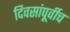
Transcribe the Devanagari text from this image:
दिवसांपूर्वीच